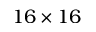
1 6 \times 1 6